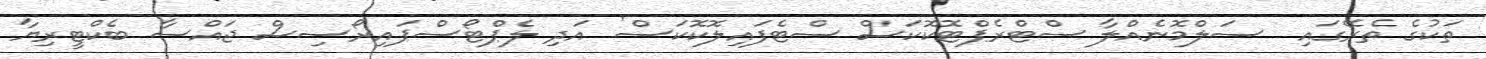
ތަކުގެ ތެރޭގައި  ސަލްމޮނެއްލާ ސްޓްރެޕްޓޮކޮކަސް ސްޓެފައިލޮކޮކަސް' އަދި ލެޕްޓޯސްޕައިރޯސިސް ޖައްސާ ބެކްޓީރިޔާ